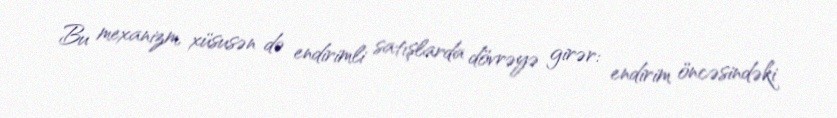
Bu mexanizm, xüsusən də endirimli satışlarda dövrəyə girər: endirim öncəsindəki